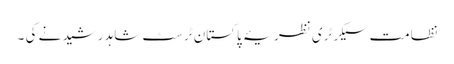
نظامت سیکرٹری نظریۂ پاکستان ٹرسٹ شاہد رشید نے کی ۔